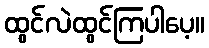
ထွင်လဲထွင်ကြပါပေ့။